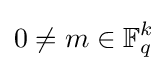
0\neq m\in \mathbb {F} _{q}^{k}